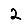
Digit: 2